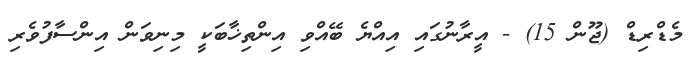
މެޑްރިޑް (ޖޫން 15) - އީރާނުގައި އިއްޔެ ބޭއްވި އިންތިޚާބަކީ މިނިވަން އިންސާފުވެރި